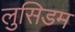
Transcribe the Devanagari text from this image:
लुसिडम